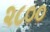
૨૮૦૦